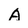
Character: A